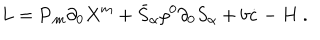
L = { \bf P } _ { m } \partial _ { 0 } X ^ { m } + \bar { S } _ { \alpha } \rho ^ { 0 } \partial _ { 0 } S _ { \alpha } + b \dot { c } - H \ .